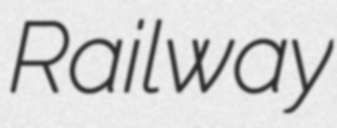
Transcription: Railway